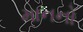
માનનો